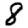
Digit: 8